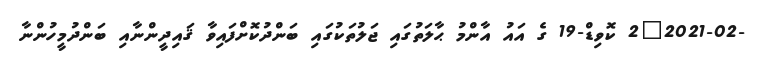
-2021-02_2 ކޮވިޑް-19 ގެ އައު އާންމު ޙާލަތުގައި ޖަލުތަކުގައި ބަންދުކޮށްފައިވާ ޤައިދީންނާއި ބަންދުމީހުންނާ